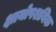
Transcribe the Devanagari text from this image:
क्षायोपशयिक